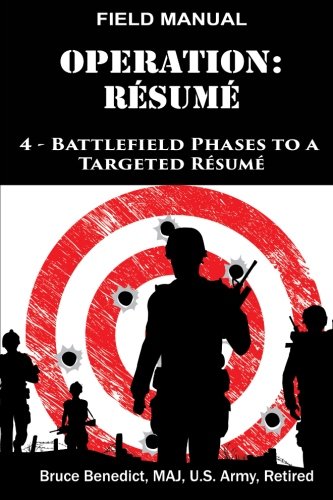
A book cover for Operation: Resume: 4-Battlefield Phases to a Targeted Civilian Resume (Volume 1); Mr. Bruce L. Benedict; Business & Money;